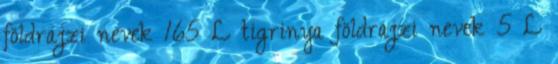
földrajzi nevek‎ 165 L tigrinya földrajzi nevek‎ 5 L